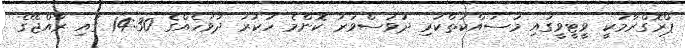
ޕްރޮގްރާމަކީ ވީޓީވީގައި މަސައްކަތްކުރި ދުވަސްވަރު ކޮންމެ ހުކުރު ދުވަހެއްގެ 14:30 ގައި ރާއްޖޭގެ